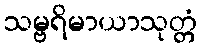
သမ္ဗရိမာယာသုတ္တံ